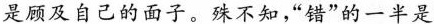
是顾及自己的面子。殊不知，”错”的一半是